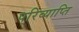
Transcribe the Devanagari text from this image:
परिव्याप्ति